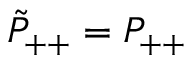
{ \tilde { P } } _ { + + } = P _ { + + }